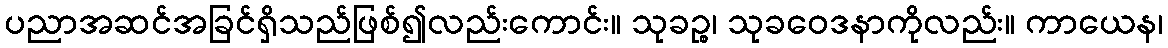
ပညာအဆင်အခြင်ရှိသည်ဖြစ်၍လည်းကောင်း။ သုခဉ္စ၊ သုခဝေဒနာကိုလည်း။ ကာယေန၊